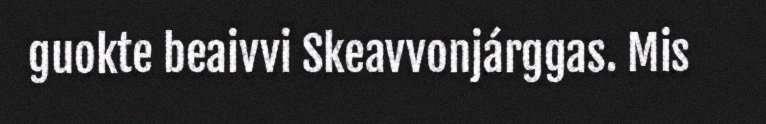
guokte beaivvi Skeavvonjárggas. Mis